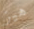
هيز